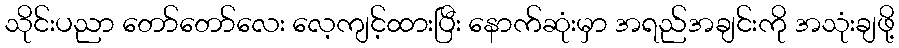
သိုင်းပညာ တော်တော်လေး လေ့ကျင့်ထားပြီး နောက်ဆုံးမှာ အရည်အချင်းကို အသုံးချဖို့